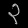
Digit: ၃